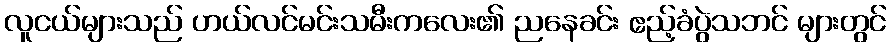
လူငယ်များသည် ဟယ်လင်မင်းသမီးကလေး၏ ညနေခင်း ဧည့်ခံပွဲသဘင် များတွင်